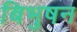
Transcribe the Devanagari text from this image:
बिभुषन